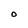
Character: O